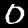
Digit: 0